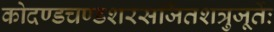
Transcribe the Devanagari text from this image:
कोदण्डचण्डशरसर्जितशत्रुजूर्तेः